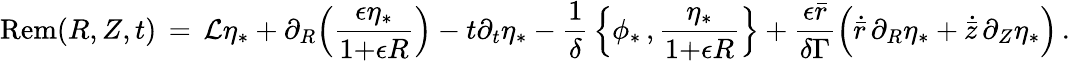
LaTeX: \mathrm{Rem}(R,Z,t)\, =\, \mathcal{L}\eta_{*}+\partial_{R}\Bigl(\frac{\epsilon\eta_{*}}{1{+}\epsilon R}\Bigr)-t\partial_{t}\eta_{*}-\frac{1}{\delta}\, \Bigl\{ \phi_{*}\, ,\frac{\eta_{*}}{1{+}\epsilon R}\Bigr\} +\frac{\epsilon\bar{r}}{\delta\Gamma}\Bigl(\dot{\bar{r}}\, \partial_{R}\eta_{*}+\dot{\bar{z}}\, \partial_{Z}\eta_{*}\Bigr)\, .